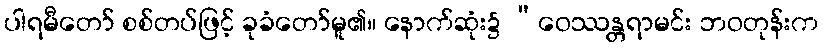
ပါရမီတော် စစ်တပ်ဖြင့် ခုခံတော်မူ၏။ နောက်ဆုံး၌ “ဝေဿန္တရာမင်း ဘဝတုန်းက